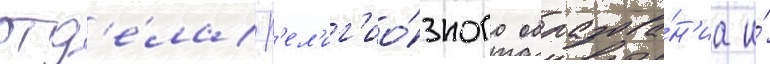
отд'е́ла р'ел'иг'ио́зного образова́н'иа и́